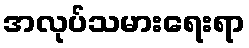
အလုပ်သမားရေးရာ